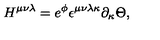
H ^ { \mu \nu \lambda } = e ^ { \phi } \epsilon ^ { \mu \nu \lambda \kappa } \partial _ { \kappa } \Theta ,